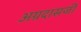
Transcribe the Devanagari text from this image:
अग्रदासजी